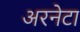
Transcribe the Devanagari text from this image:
अरनेटा